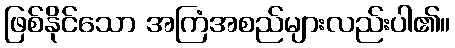
ဖြစ်နိုင်သော အကြံအစည်များလည်းပါ၏။